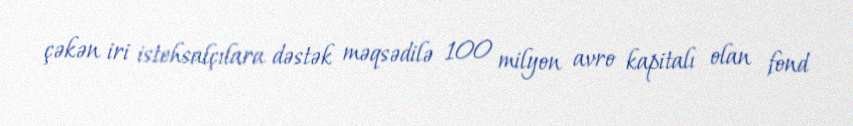
çəkən iri istehsalçılara dəstək məqsədilə 100 milyon avro kapitalı olan fond